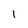
Character: 1